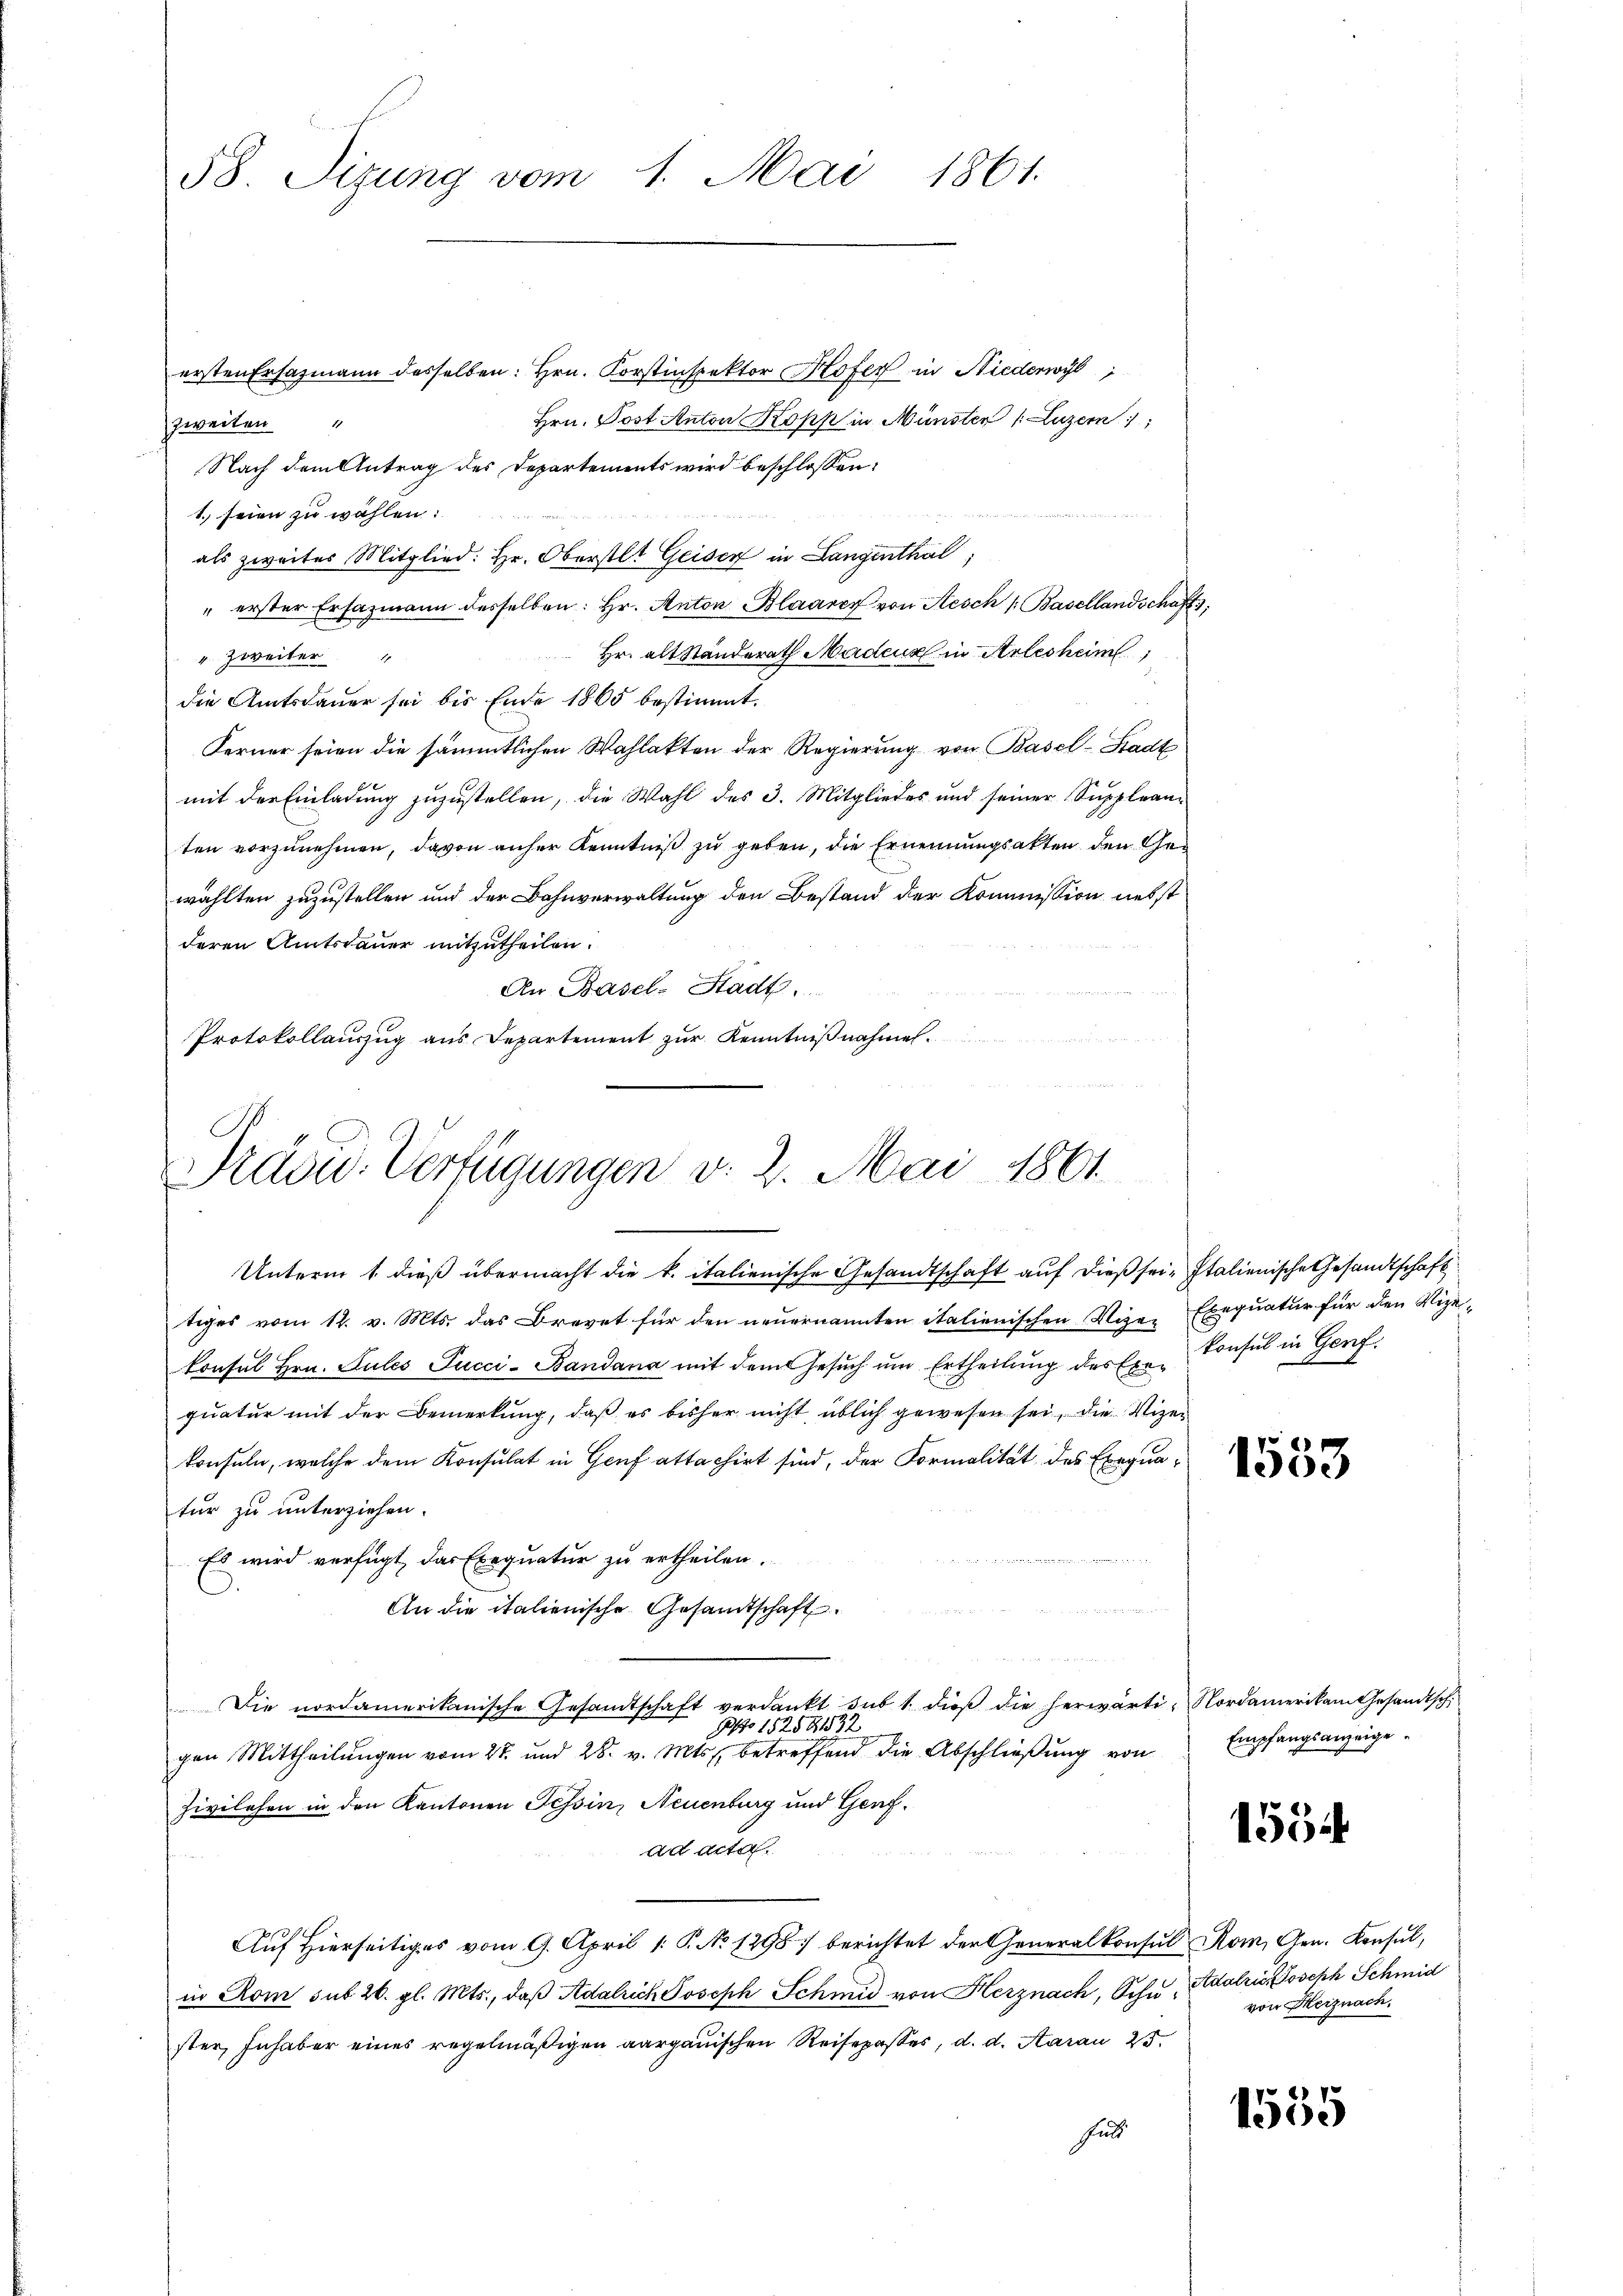
58. Sizung vom 1. Mai 1861.

ersten Ersazmann desselben: Hrn. Korstinspektor Hofer in Niederwyl
Hrn. Post Anton Kopp in Münster (Luzern
szweiten
Nach dem Antrag des Departements wird beschlossen:
1. seien zu wählen:

" erster Ersazmann desselben: hr. Anton Blaarer von Aesch /: Basellandschaft,
Hr. alt Standerath Madeus in Arlesheim
". Zweiter
die Amtsdauer sei bis Ende 1865 bestimmt.
Ferner seien die sämmtlichen Wahlakten der Regierung von Basel-Stadt
mit der Einladung zuzustellen, die Wahl des 3. Mitgliedes und seiner Supplean-
ten vorzunehmen, davon anher Kenntniß zu geben, die Ernennungsakten den Gewählten zuzustellen und der Bahnverwaltung den Bestand der Kommission nebst
deren Amtsdauer mitzutheilen.
An Basel-Stadt.
Protokollauszug aus Departement zur Kenntnißnahmen.

als zweites Mitglied: Hr. Oberstlt Geisen in Langenthal,

E
Präsid. Verfügungen v. 2. Mai 1861
Unterm 1. dieß übermacht die k. italienische Gesandtschaft auf dieß sei- Italienische Gesandtschaft

tiges vom 12. v. Mts. das Brevet für den neuernannten italienischen Vize-Exequatur für den Vize-
konsul Hrn. Sules Pucci-Bandana mit dem Gesuch um Ertheilung des Exe-Konsul in Genf.
quatur mit der Bemerkung, daß es bisher nicht üblich gewesen sei, die Vizeikonsuln, welche dem Konsulat in Genf attachirt sind, der Formalität des Exequatur zu unterziehen.
Es wird verfügt, das Exequatur zu ertheilen.

An die italienische Gesamtschaft
u
in sein
e
Die nordamerikanische Gesandtschaft verdankt sub 1. dieβ die herwärti- Nordamerikam Gesandtsch
No 15259432
gen Mittheilungen vom 27. und 28. v. Mts., betreffend die Abschließung von
Zivilehen in den Kantonen Tessin, Neuenburg und Genf.
ad acta
Auf Hierseitiges vom 9. April 1. P. No 1298:/ berichtet der Generalkonsul Kom, Gen. Konsul,
in Rom sub 26. gl. Mts., daβ Adalrich Joseph Schmid von Herznach, Schu Adalrić seph Schmid
ster, Inhaber eines regelmäßigen aargauischen Reisepasses, d. d. Starau 25.
hul

1533

Empfangsanzeige

1554

von Herznach

1555